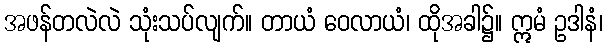
အဖန်တလဲလဲ သုံးသပ်လျက်။ တာယံ ဝေလာယံ၊ ထိုအခါ၌။ ဣမံ ဥဒါနံ၊